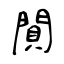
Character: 閴